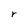
Character: r